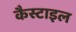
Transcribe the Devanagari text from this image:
कैस्टाइल